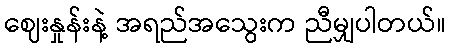
ဈေးနှုန်းနဲ့ အရည်အသွေးက ညီမျှပါတယ်။